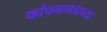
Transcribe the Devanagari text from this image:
कांचनगडाच्या